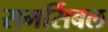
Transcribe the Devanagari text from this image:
समर्सिबल